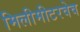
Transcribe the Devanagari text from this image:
मिलीमीटरवेव